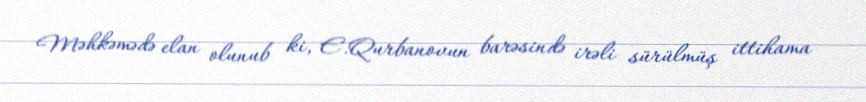
Məhkəmədə elan olunub ki, E.Qurbanovun barəsində irəli sürülmüş ittihama